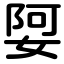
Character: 娿